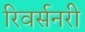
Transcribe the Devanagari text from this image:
रिवर्सनरी